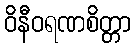
ဝိနီဝရဏစိတ္တာ